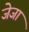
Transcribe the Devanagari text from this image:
जेजा